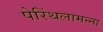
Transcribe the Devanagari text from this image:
पेरिंथलामन्ना